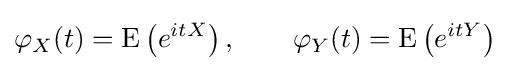
\varphi _{X}(t)=\operatorname {E} \left(e^{itX}\right),\qquad \varphi _{Y}(t)=\operatorname {E} \left(e^{itY}\right)